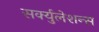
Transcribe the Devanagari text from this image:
सर्क्युलेशन्स